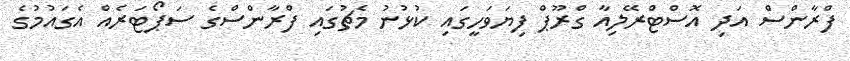
ފްރާންސް އަދި އޮސްޓްރޭލިއާ ގްރޫޕް ފިޔަވަހީގައި ކުޅުނު މެޗުގައި ފްރާންސްގެ ސަޕޯޓަރެއް އެގައުމުގެ